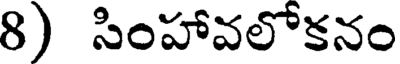
8) సింహావలోకనం